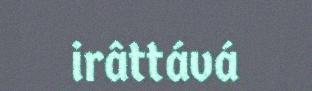
irâttává